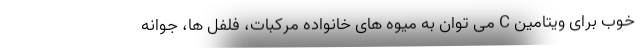
خوب برای ویتامین C می توان به میوه های خانواده مرکبات، فلفل ها، جوانه